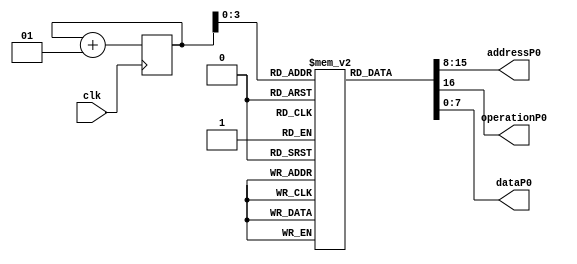
module processor0(input clk, output [7:0]addressP0, output operationP0, output[7:0]dataP0);
reg [16:0] p0Instructions[0:8];
integer counter;

wire [16:0]instructionAux = p0Instructions[counter];
assign operationP0 = instructionAux[16];
assign addressP0 = instructionAux[15:8];
assign dataP0 = instructionAux[7:0];

initial begin
#0
counter <= 0;
p0Instructions[0] <= 17'b000000000XXXXXXXX;
p0Instructions[1] <= 17'b000000101XXXXXXXX;
p0Instructions[2] <= 17'b10000010101111000;
p0Instructions[3] <= 17'b000000100XXXXXXXX;
p0Instructions[4] <= 17'bXXXXXXXXXXXXXXXXX;
p0Instructions[5] <= 17'bXXXXXXXXXXXXXXXXX;
p0Instructions[6] <= 17'b10000010010010000;
p0Instructions[7] <= 17'bXXXXXXXXXXXXXXXXX;
p0Instructions[8] <= 17'bXXXXXXXXXXXXXXXXX;
end

always @(posedge clk) begin
    counter <= counter+1;
end

endmodule